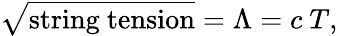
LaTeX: \sqrt{\mathrm{string~tension}}=\Lambda=c~T,